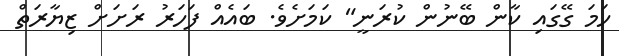
ހަމަ ގޭގައި ކާން ބޭނުން ކުރަނީ" ކަމަށެވެ. ބައެއް ފަހަރު ރަށަށް ޒިޔާރަތް